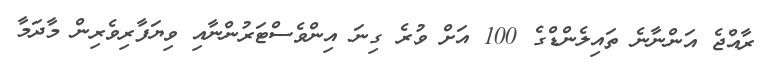
ރާއްޖެ އަންނާނެ ތައިލެންޑްގެ 100 އަށް ވުރެ ގިނަ އިންވެސްޓަރުންނާއި ވިޔަފާރިވެރިން މާދަމާ